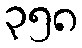
၃၅၈